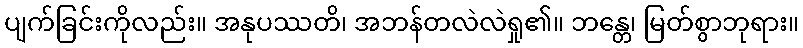
ပျက်ခြင်းကိုလည်း။ အနုပဿတိ၊ အဘန်တလဲလဲရှု၏။ ဘန္တေ၊ မြတ်စွာဘုရား။